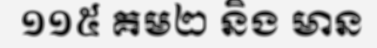
១១៥ គម២ និង មាន